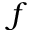
f